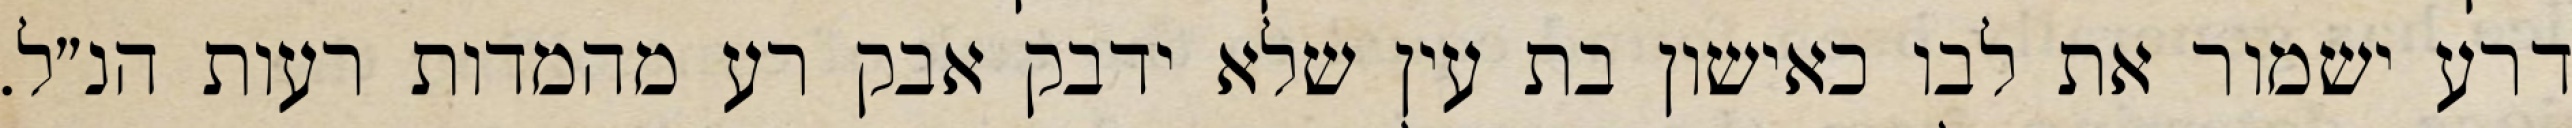
דרע ישמור את לבו כאישון בת עין שלא ידבק אבק רע מהמדות רעות הנ״ל.